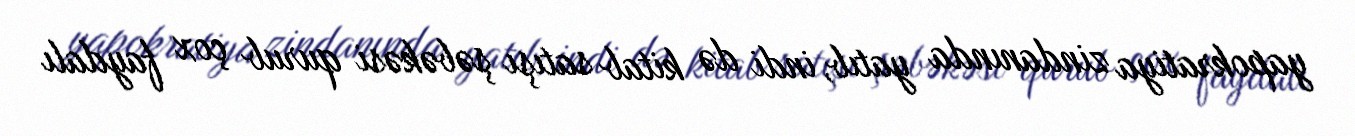
yapokratiya zindanında yatıb, indi də kitab satışı şəbəkəsi qurub çox faydalı